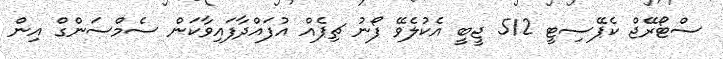
ސްޓޯރޭޖް ކެޕޭސިޓީ 512 ޖީބީ އެކުލެވޭ ފޯނު ޗިޕެއް އުފައްދާފައިވާކަން ސެމްސަންގް އިން